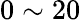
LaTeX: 0\sim 20